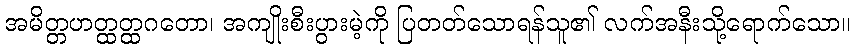
အမိတ္တဟတ္ထတ္ထဂတော၊ အကျိုးစီးပွားမဲ့ကို ပြတတ်သောရန်သူ၏ လက်အနီးသို့ရောက်သော။